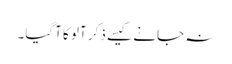
نہ جانے کیسے ذکر آلو کا آگیا۔